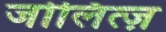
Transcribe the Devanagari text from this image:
जोलित्ज़